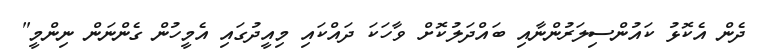
ދެން އެކޮޅު ކައުންސިލަރުންނާއި ބައްދަލުކޮށް ވާހަކަ ދައްކައި މިއީދުގައި އެމީހުން ގެންނަން ނިންމީ"